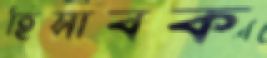
হিসাবক